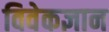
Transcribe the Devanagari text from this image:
विवेकज्ञान